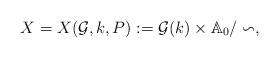
LaTeX: \begin{align*}X=X(\mathcal{G},k,P):= \mathcal{G}(k) \times \mathbb{A}_0/\backsim,\end{align*}